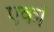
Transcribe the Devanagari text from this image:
एकां